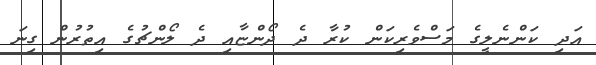
އަދި ކަންނެލީގެ މަސްވެރިކަން ކުރާ ދެ ދޯންޏާއި ދެ ލޯންޗުގެ އިތުރުން ގިނަ